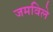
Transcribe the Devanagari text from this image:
जमविले